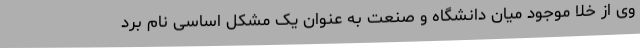
وی از خلا موجود میان دانشگاه و صنعت به عنوان یک مشکل اساسی نام برد